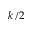
k / 2